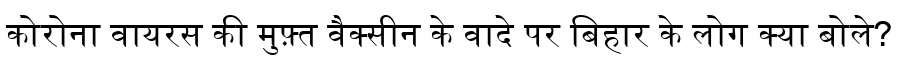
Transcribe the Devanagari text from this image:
कोरोना वायरस की मुफ़्त वैक्सीन के वादे पर बिहार के लोग क्या बोले?